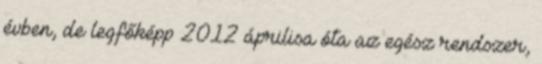
évben, de legfőképp 2012 áprilisa óta az egész rendszer,